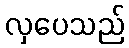
လှပေသည်